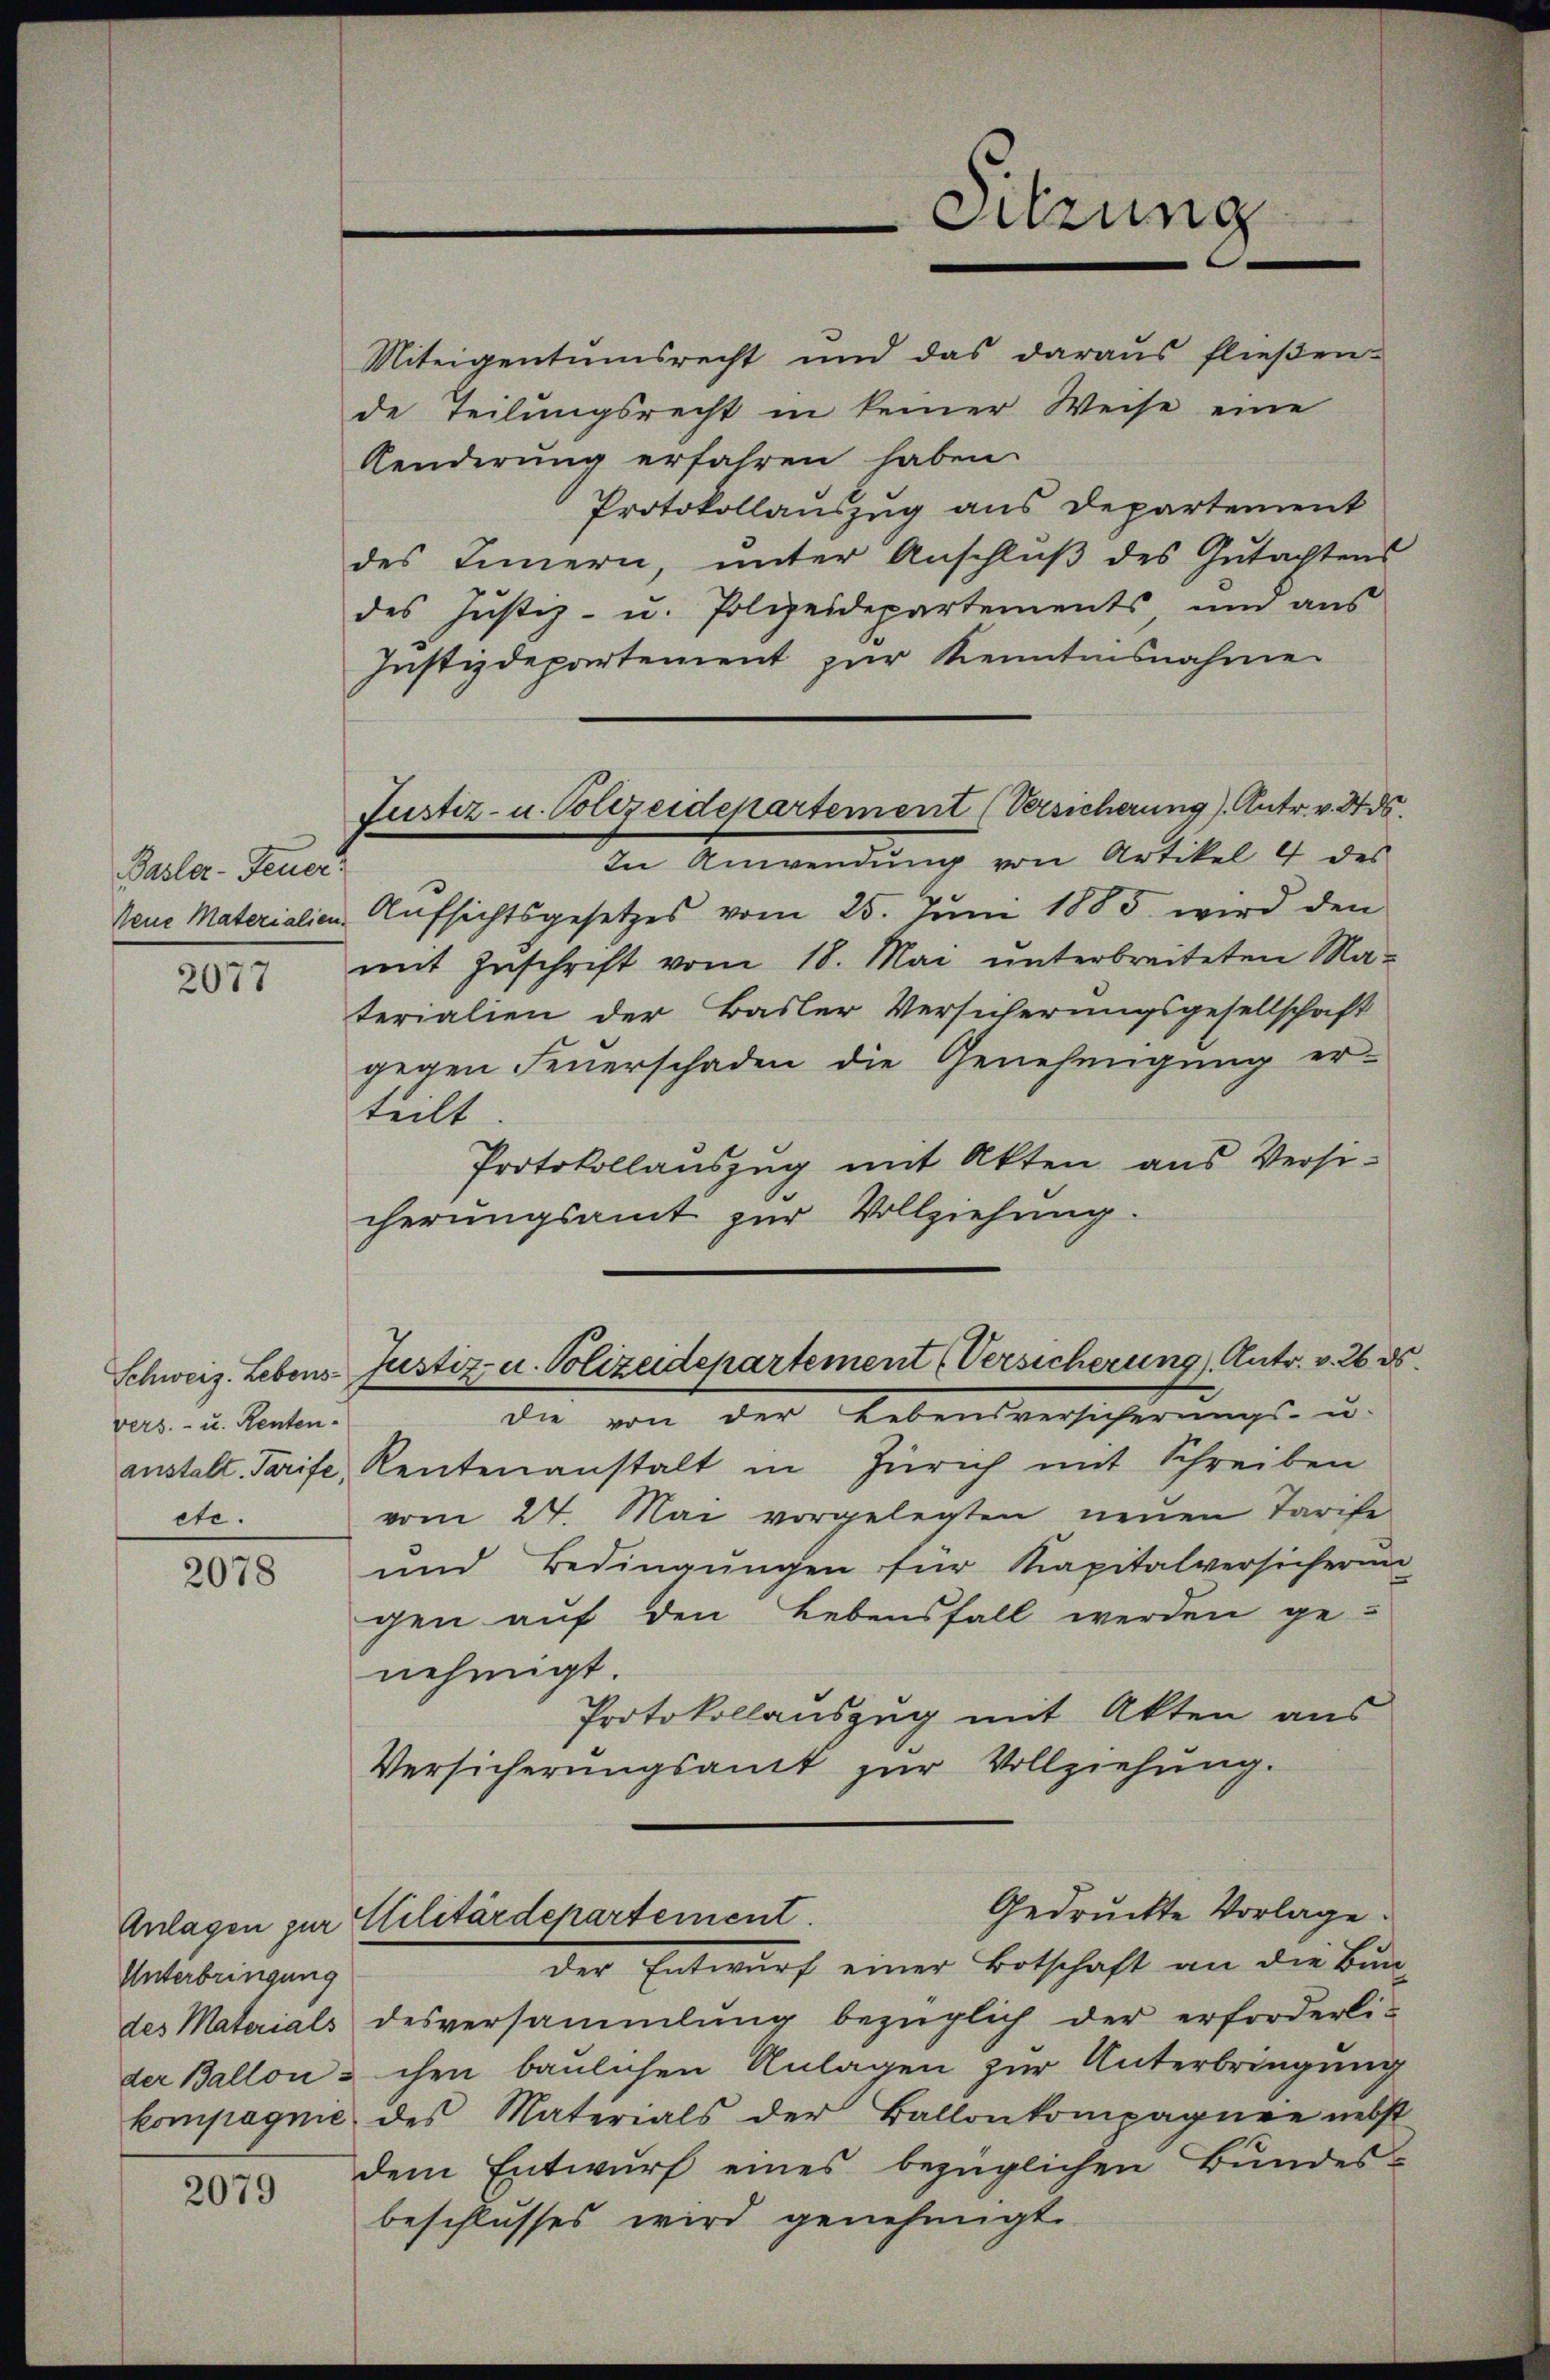
Basler-Feuer
Neue Materialien.

2077

vers.- u. Renten.
ete.

2078

Unterbringung

2079

Justiz- u. Polizeidepartement (Versicherung). Antr. v. 27. ds.

Sitzung

Miteigentumsrecht und das daraŭs flieβen.
de Teilungsrecht in keiner Weise eine
Aenderung erfahren haben.
Protokollauszug aus Departement
des Innern, ŭnter Anschlŭβ des Gŭtachtens
des Justiz- u. Polizeidepartements, und aus
Justizdepartement zur Kenntnisnahme
In Anwendung von Artikel 4 des
Aufsichtsgesetzes vom 25. Juni 1885 wird den
mit Zuschrift vom 18. Mai unterbreiteten Materialien der Basler Versicherungsgesellschaft
gegen Feŭerschaden die Genehmigung er-
teilt
Protokollauszug mit Akten aus Versi-
cherungsamt zur Vollziehung.
Schweiz. Lebens-Justiz- u. Polizeidepartement (Versicherung). Antr. v. 26. d.
die von der Lebensversicherungs- u-
anstalt. Tarife, Rentenanstalt in Zürich mit Schreiben
vom 24. Mai vorgelegten neŭen Tarife
und Bedingungen für Kapitalversicherin
gen auf den Lebensfall werden ge-
nehmigt.
Protokollauszug mit Akten aus
Versicherungsamt zur Vollziehung.
Gedruckte Vorlage.
Anlagen zur Elilitärdepartement.
der Entwurf einer Botschaft an die Bun-
des Materials desversammlung bezüglich der erforderli-
der Ballon & chen baulichen Anlagen zur Unterbringung
kompagnie des Materials der Ballonkompagnie nebst
dem Entwurf eines bezüglichen Bundes-
beschlusses wird genehmigt.

.